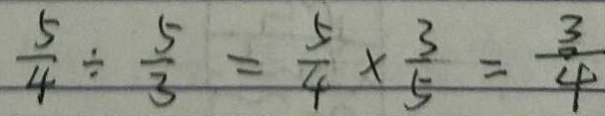
\frac { 5 } { 4 } \div \frac { 5 } { 3 } = \frac { 5 } { 4 } \times \frac { 3 } { 5 } = \frac { 3 } { 4 }